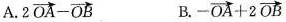
A.$$2 \overrightarrow { 0 A } - \overrightarrow { O B }$$ B.$$- \overrightarrow { O A } + 2 \overrightarrow { O B }$$